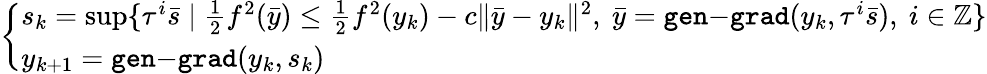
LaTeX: \left\{ \begin{array}{ll}{s_{k}=\operatorname*{sup}\{ \tau^{i}\bar{s}\mid\frac{1}{2}f^{2}(\bar{y})\leq\frac{1}{2}f^{2}(y_{k})-c\| \bar{y}-y_{k}\| ^{2},\ \bar{y}=\mathtt{gen\mathrm{-}grad}(y_{k},\tau^{i}\bar{s}),\ i\in\mathbb{Z}\} }\\ {y_{k+1}=\mathtt{gen\mathrm{-}grad}(y_{k},s_{k})}\end{array}\right.